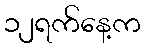
၁၂ရက်နေ့က